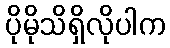
ပိုမိုသိရှိလိုပါက